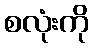
စလုံးကို